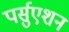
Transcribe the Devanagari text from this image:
पर्सुएशन